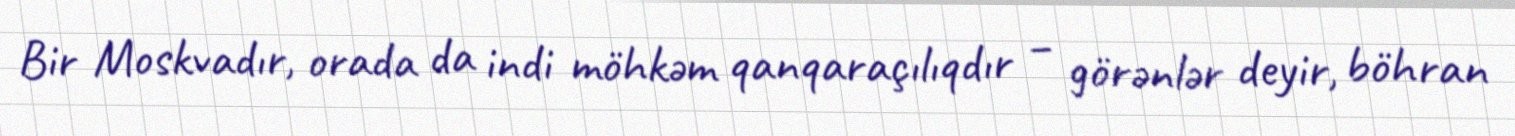
Bir Moskvadır, orada da indi möhkəm qanqaraçılıqdır – görənlər deyir, böhran